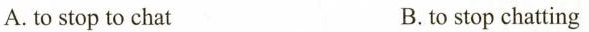
A. to stop to chat B. to stop chatting